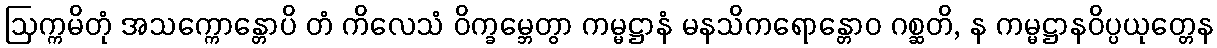
ဩက္ကမိတုံ အသက္ကောန္တောပိ တံ ကိလေသံ ဝိက္ခမ္ဘေတွာ ကမ္မဋ္ဌာနံ မနသိကရောန္တောဝ ဂစ္ဆတိ, န ကမ္မဋ္ဌာနဝိပ္ပယုတ္တေန